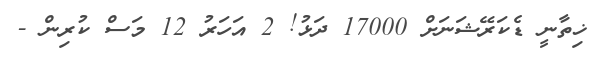
ޚިތާނީ ޑެކަރޭޝަނަށް 17000 ދަޅު! 2 އަހަރު 12 މަސް ކުރިން -